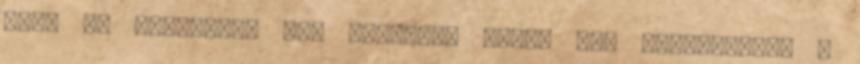
nem. Az újdonsült kis angyalka pedig úgy megszeppent a